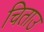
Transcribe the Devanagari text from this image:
चिताउ